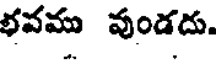
భవము వుండదు.